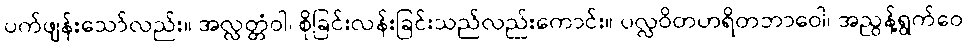
ပက်ဖျန်းသော်လည်း။ အလ္လတ္တံဝါ၊ စိုခြင်းလန်းခြင်းသည်လည်းကောင်း။ ပလ္လဝိတဟရိတဘာဝေါ၊ အညွန့်ရွက်ဝေ